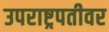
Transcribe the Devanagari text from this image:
उपराष्ट्रपतीवर